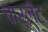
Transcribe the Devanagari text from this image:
चार्लेट